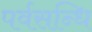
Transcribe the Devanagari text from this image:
पर्वसन्धि